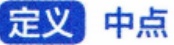
定义 中点